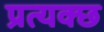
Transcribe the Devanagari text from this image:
प्रत्यक्छ